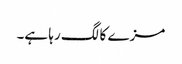
مزے کا لگ رہا ہے۔